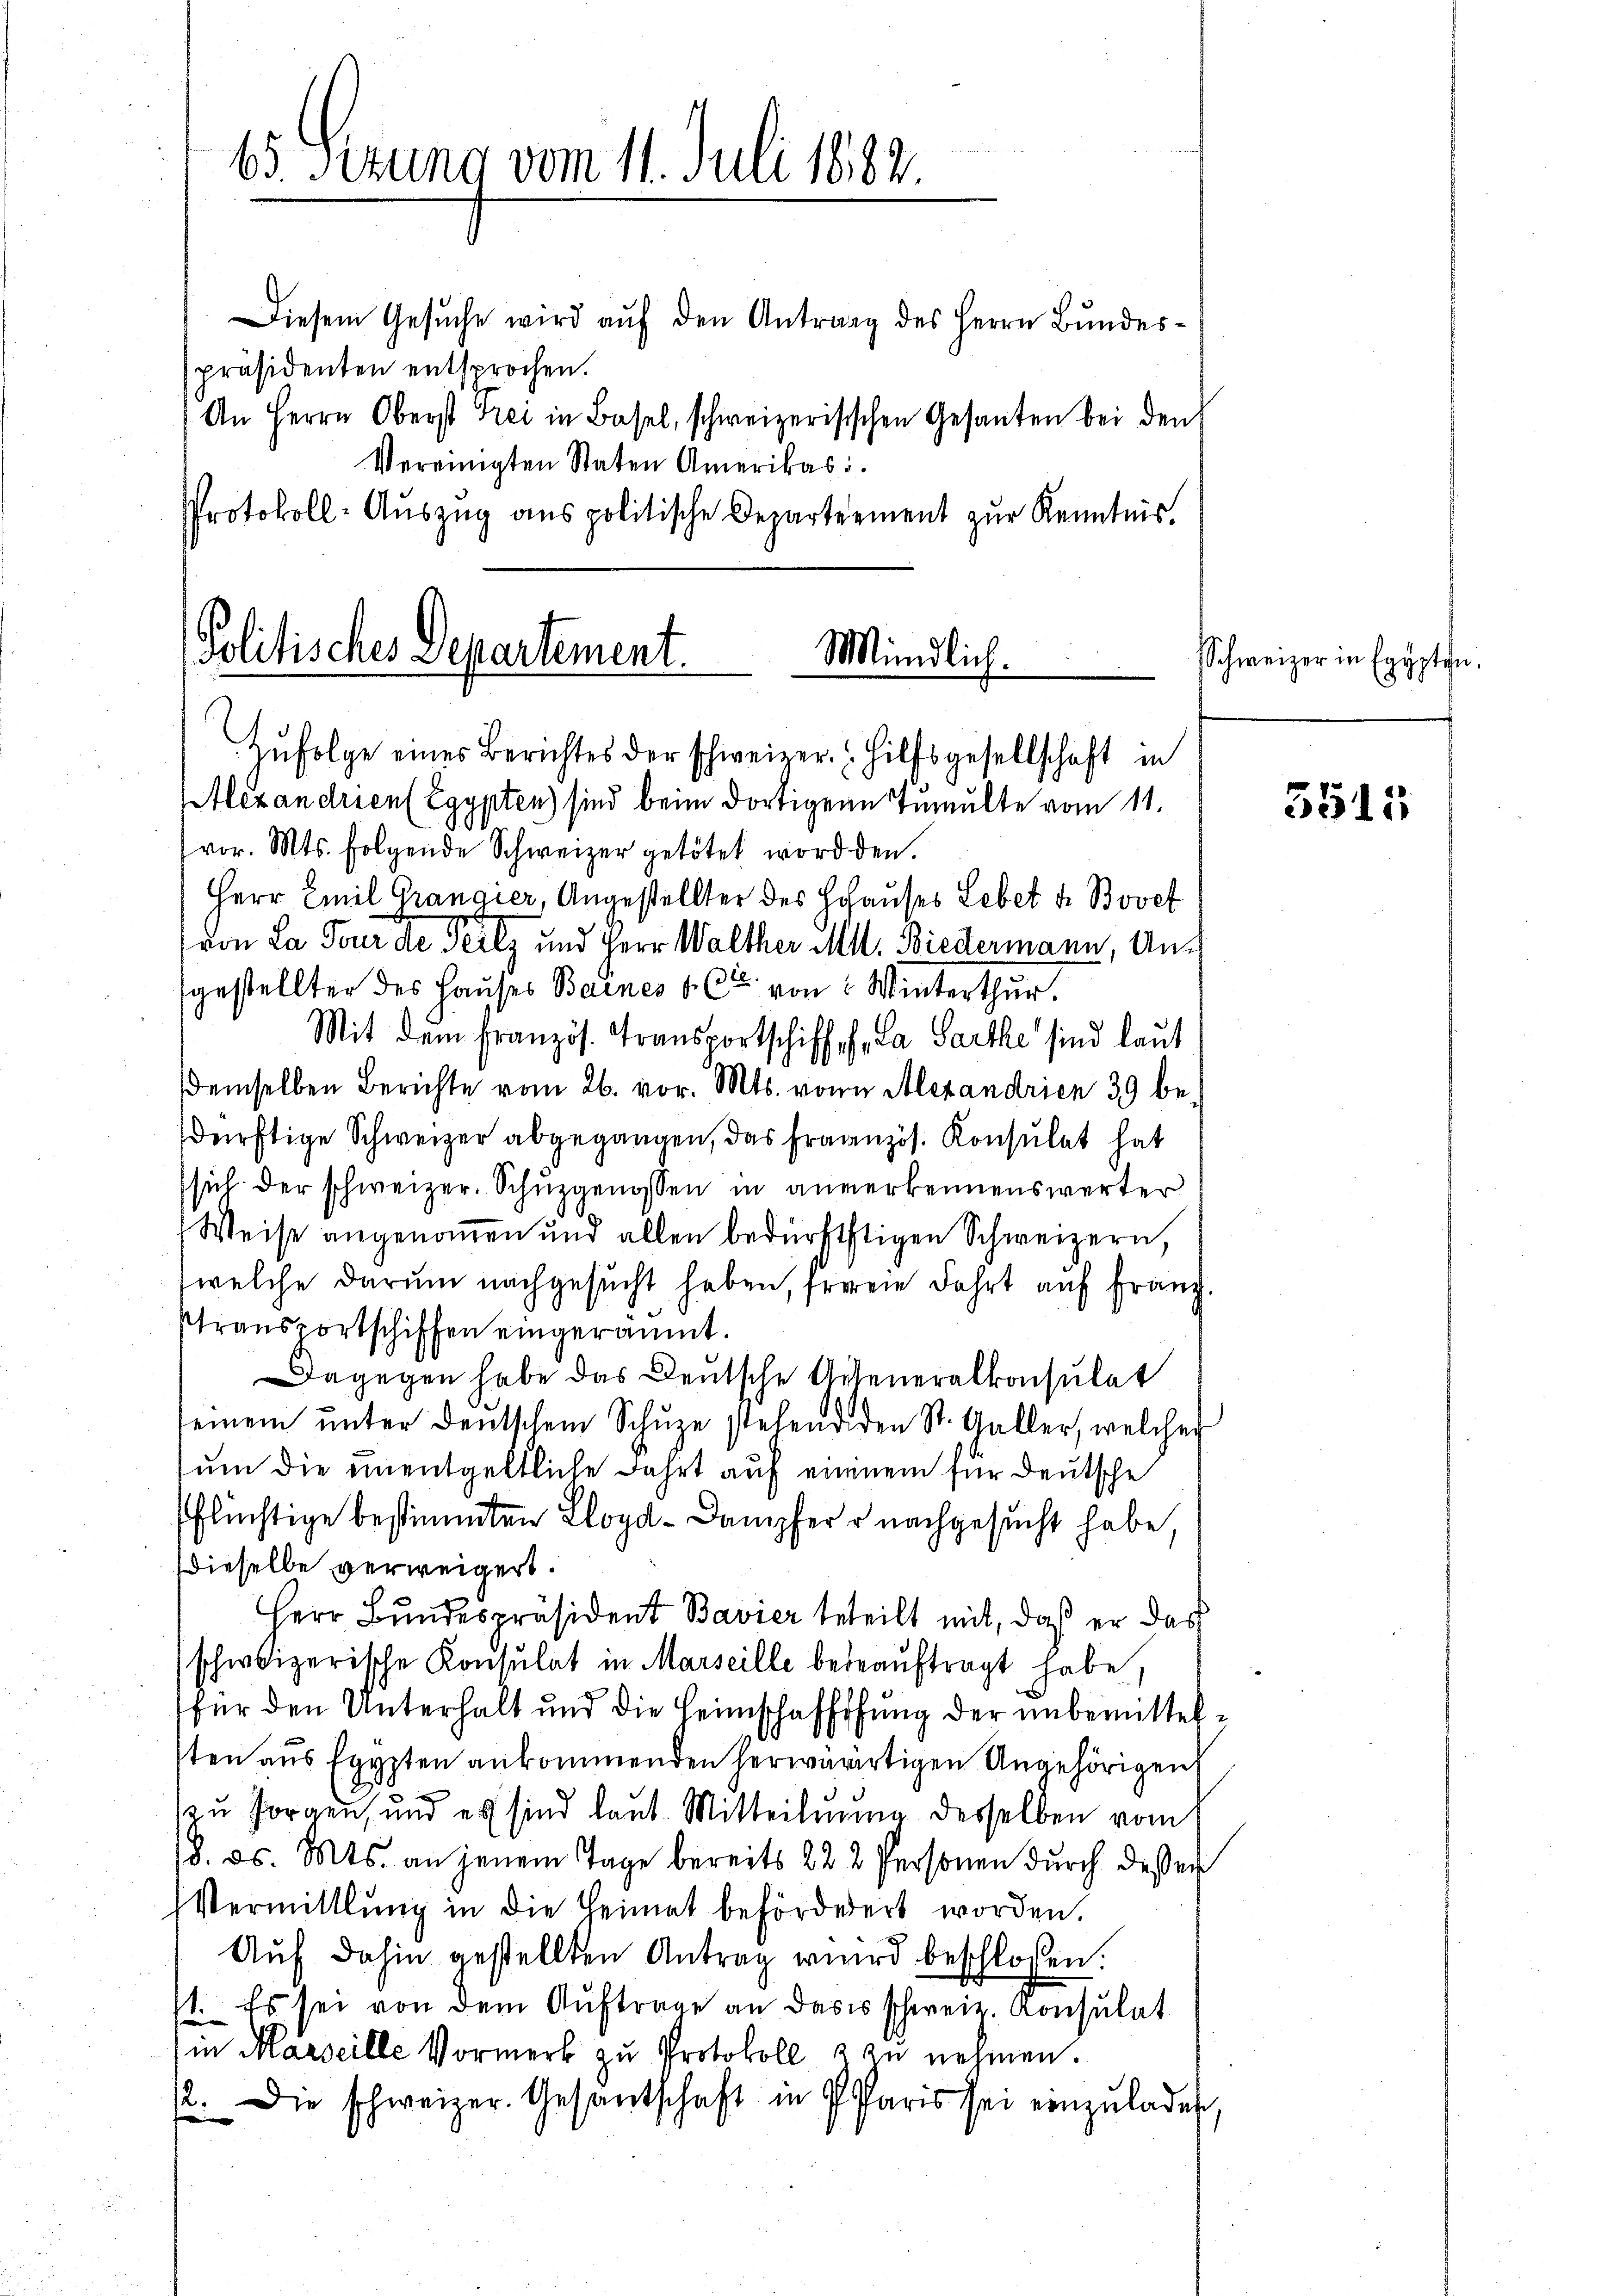
65 Sezung vom 11. Juli 1882.

Diesem Gesŭche wird aŭf den Antrag des Herrn Bundespräsidenten entsprochen.
An Herrn Oberst Frei in Basel, schweizerisischen Gesanten bei den
Vereinigten Staten Amerikas
Protokoll-Aŭszŭg ans politische Departement zŭr Kenntnis.

Politisches Departement.
Mündlich.
Zŭfolge eines Berichtes der schweizer. Hilfsgesellschaft in
Alexandrien (Egypten) sind beim dortigen Inmulte vom 11.

vor. Mts. folgende Schweizer getötet worden.
Herr Emil Grangier, Angestellter des Hohauses Lebet dr. Bovet
von La Pour de Teilz und Herr Walther Mll. Biedermann, Ansgestellter des Hauses Baines & Cie von Winterthur.
Mit dem Französ. Transportschiff, s. La Parthe sind laut
demselben Berichte vom 26. vor. Mts. von Alexandrien 39 be
sdürftige Schweizer abgegangen, das Französ. Konsulat hat
sich der schweizer. Schŭzgenossen in anverkennenswerter
Weise angenommen und allen bedürftigen Schweizern,
welche darum nachgesucht haben, freren Fahrt auf Franz.
stransportschiffen eingeräumt.
Dagegen habe das Deutsche Geheneralkonsulat
seinem ŭnter deutschem Schŭze stehend den St. Galler, welcher
sum die unentgeltliche Fahrt auf einem für Deutsche
flüchtige bestimmten Lloyd-Dampfer nachgesucht habe,
dieselbe verweigert.
Herr Bundespräsident Bavier beteilt mit, daß er das
schweizerische Konsulat in Marseille bedeauftragt habe,
für den Unterhalt und die Heimschaffthung der unbemittelsten aus Egypten ankommenden herwärtigen Angehörigen,
s u sorgen, und es sind laut Mitteilung desselben vom
(8. ds. Mts. an jenem Tage bereits 22 2 Personen dŭrch desser
Vermittlung in die Heimat beförderert worden.
Auf dahin gestellten Antrag wird beschlossen:
. Es sei von dem Aŭftrage an dass schweiz. Konsulat
in Marseille Vormerk zŭ Protokoll & zu nehmen.
2. Die schweizer. Gesantschaft in Paris sei einzuladen

Schweizer in Egypten.

3515